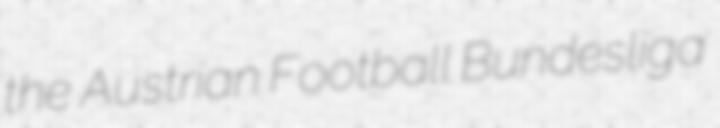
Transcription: the Austrian Football Bundesliga